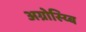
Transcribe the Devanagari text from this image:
अग्रोस्य्बि